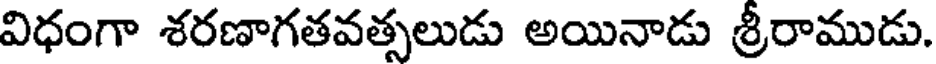
విధంగా శరణాగతవత్సలుడు అయినాడు శ్రీరాముడు.